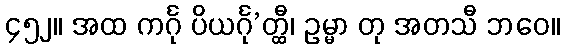
၄၅၂။ အထ ကင်္ဂု ပိယင်္ဂု’တ္ထီ၊ ဥမ္မာ တု အတသီ ဘဝေ။